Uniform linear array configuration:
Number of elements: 16
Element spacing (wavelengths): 0.5
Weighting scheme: hamming
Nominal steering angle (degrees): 60
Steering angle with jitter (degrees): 58.869
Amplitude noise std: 0.05
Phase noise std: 0.05

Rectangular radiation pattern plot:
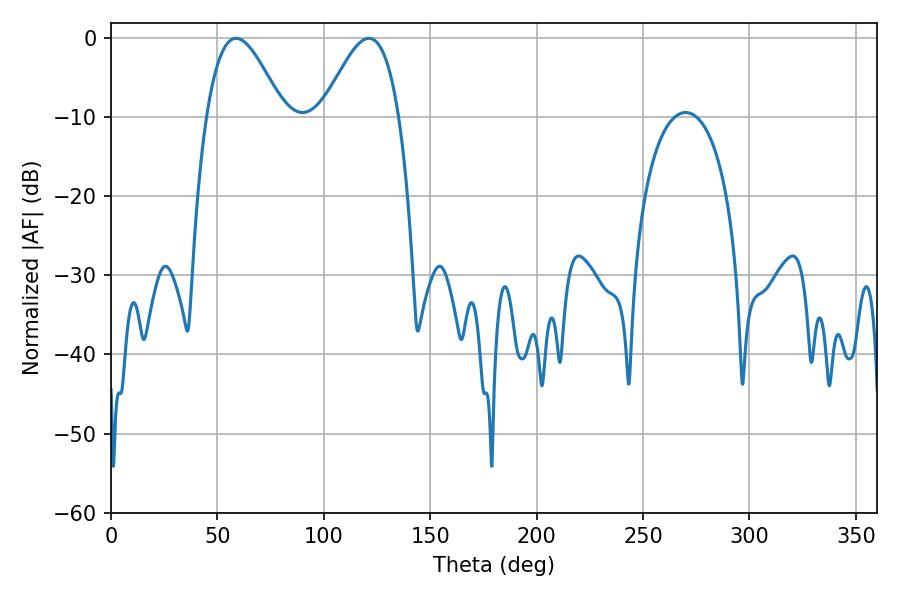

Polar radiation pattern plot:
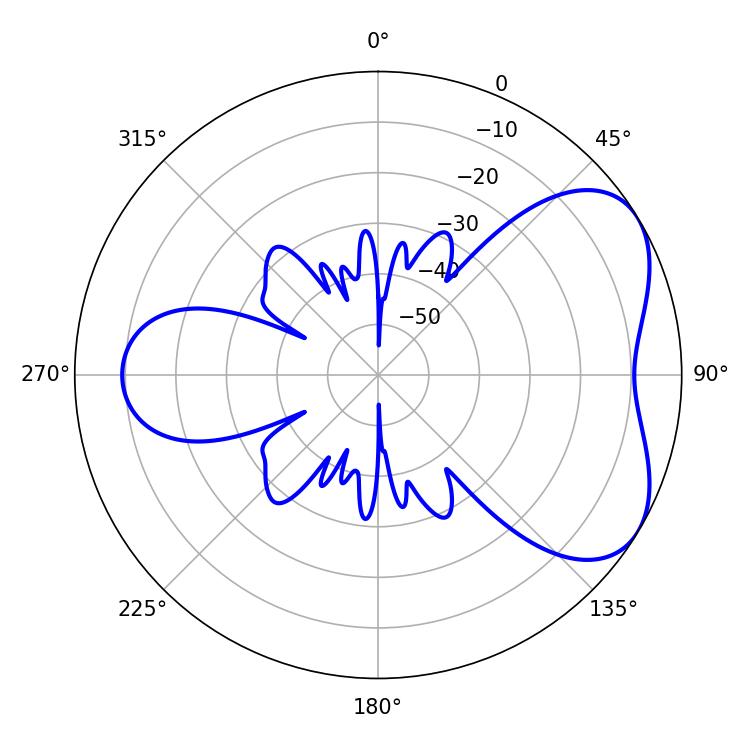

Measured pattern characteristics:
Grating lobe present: FALSE
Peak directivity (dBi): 5.053
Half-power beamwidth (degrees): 19.26
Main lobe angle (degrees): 58.86